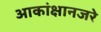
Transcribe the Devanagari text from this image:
आकांक्षानजरे